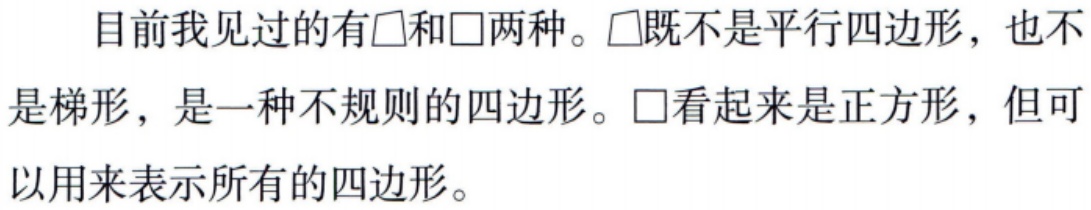
目前我见过的有$\square$和$\square$两种。$\square$既不是平行四边形，也不
是梯形，是一种不规则的四边形。$\square$看起来是正方形，但可
以用来表示所有的四边形。